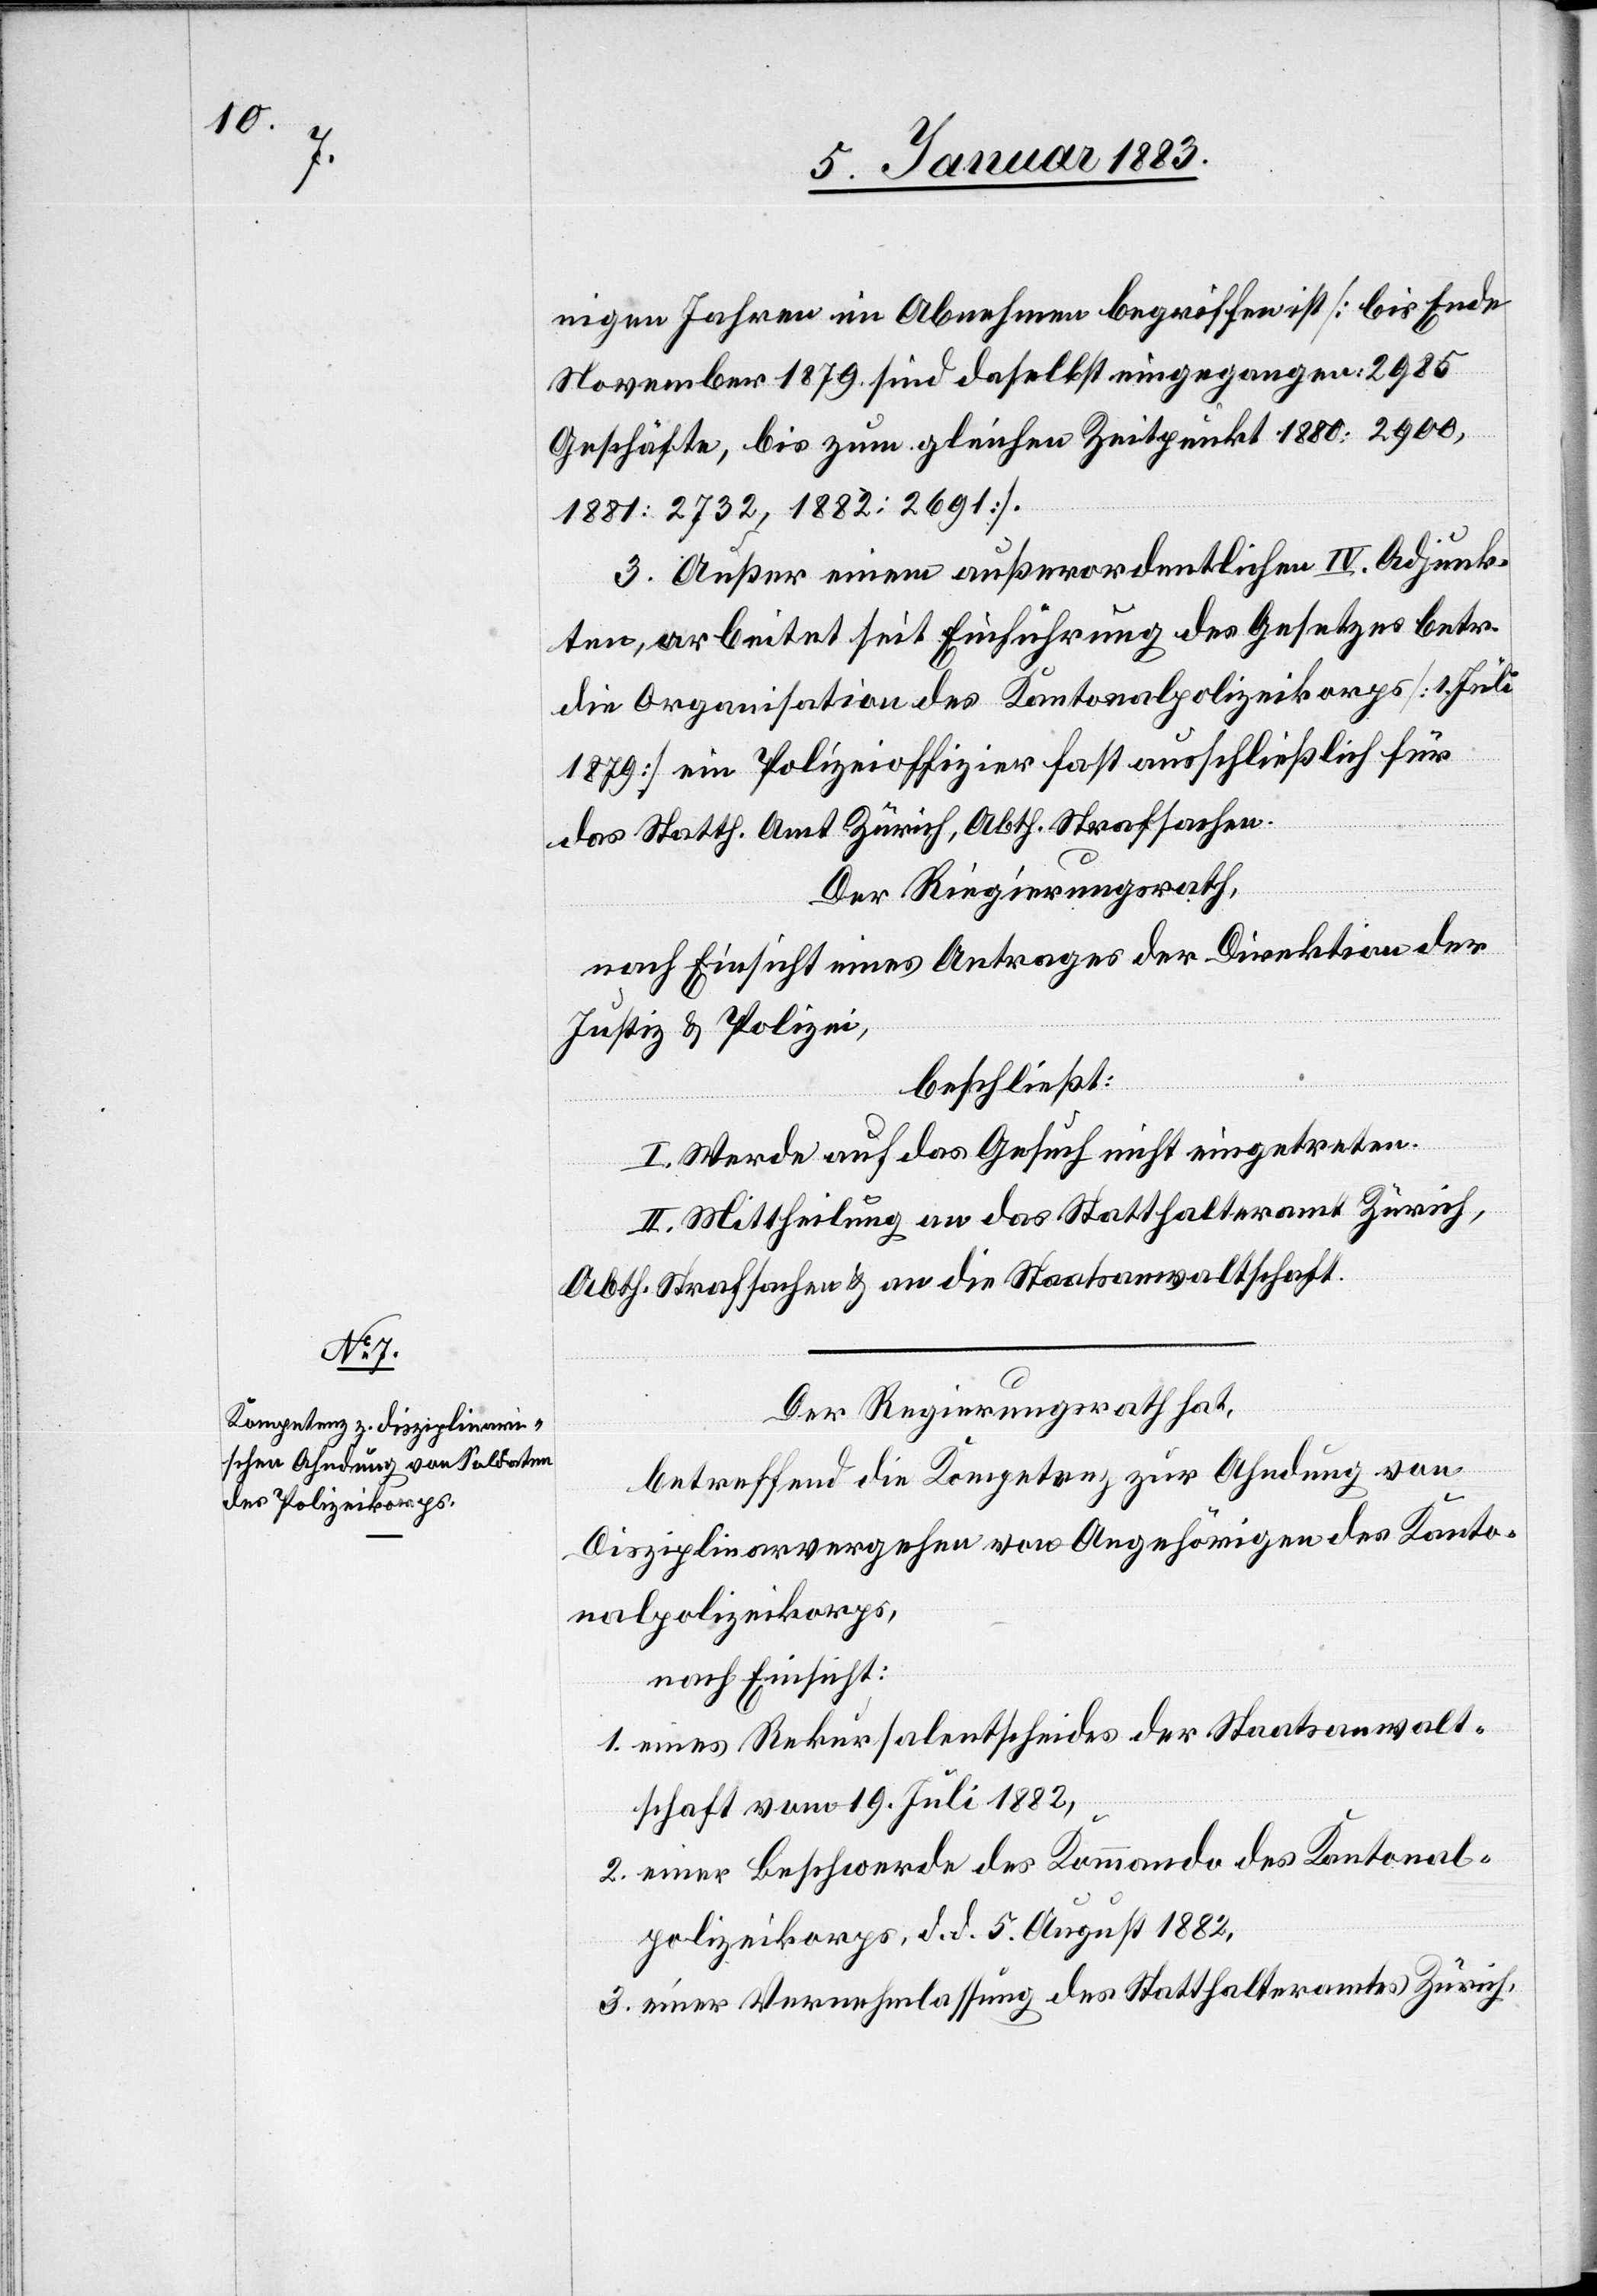
nigen Jahren im Abnehmen begriffen ist [bis Ende
November 1879 sind daselbst eingegangen: 2985
Geschäfte, bis zum gleichen Zeitpunkt 1880: 2900,
1881: 2732, 1882: 2691].
3. Außer einem außerordentlichen IV. Adjunk¬
ten, arbeitet seit Einführung des Gesetzes betr.
die Organisation des Kantonalpolizeikorps [1. Juli
1879] ein Polizeioffizier fast ausschließlich für
das Statth. Amt Zürich, Abth. Strafsachen.
Der Regierungsrath,
nach Einsicht eines Antrages der Direktion der
Justiz & Polizei,
beschließt:
I. Werde auf das Gesuch nicht eingetreten.
II. Mittheilung an das Statthalteramt Zürich,
Abth. Strafsachen & an die Staatsanwaltschaft.
Der Regierungsrath hat,
betreffend die Kompetenz zur Ahndung von
Disziplinarvergehen von Angehörigen des Kanto¬
nalpolizeikorps,
nach Einsicht:
1. eines Rekursalentscheides der Staatsanwalt¬
schaft vom 19. Juli 1882,
2. einer Beschwerde des Kommando des Kantonal¬
polizeikorps, d. d. 5. August 1882,
3. einer Vernehmlassung des Statthalteramtes Zürich,